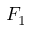
F _ { 1 }